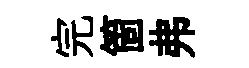
完箇弗